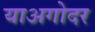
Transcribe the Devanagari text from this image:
याअगोदर